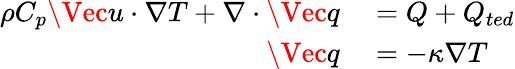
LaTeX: \begin{array}{rl}{\rho C_{p}\Vec{u}\cdot\nabla T+\nabla\cdot\Vec{q}}&{{}=Q+Q_{ted}}\\ {\Vec{q}}&{{}=-\kappa\nabla T}\end{array}